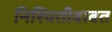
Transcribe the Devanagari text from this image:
निश्चितीबाबत